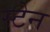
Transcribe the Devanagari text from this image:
स्‍टेन